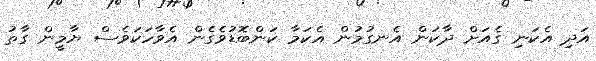
އަދި އެކަނި ގެއަށް ދާކަން އެނގުމުން އެކަމާ ކަންބޮޑުވެގެން އެވާހަކަވެސް ޔާމީން ގާތު